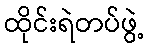
ထိုင်းရဲတပ်ဖွဲ့